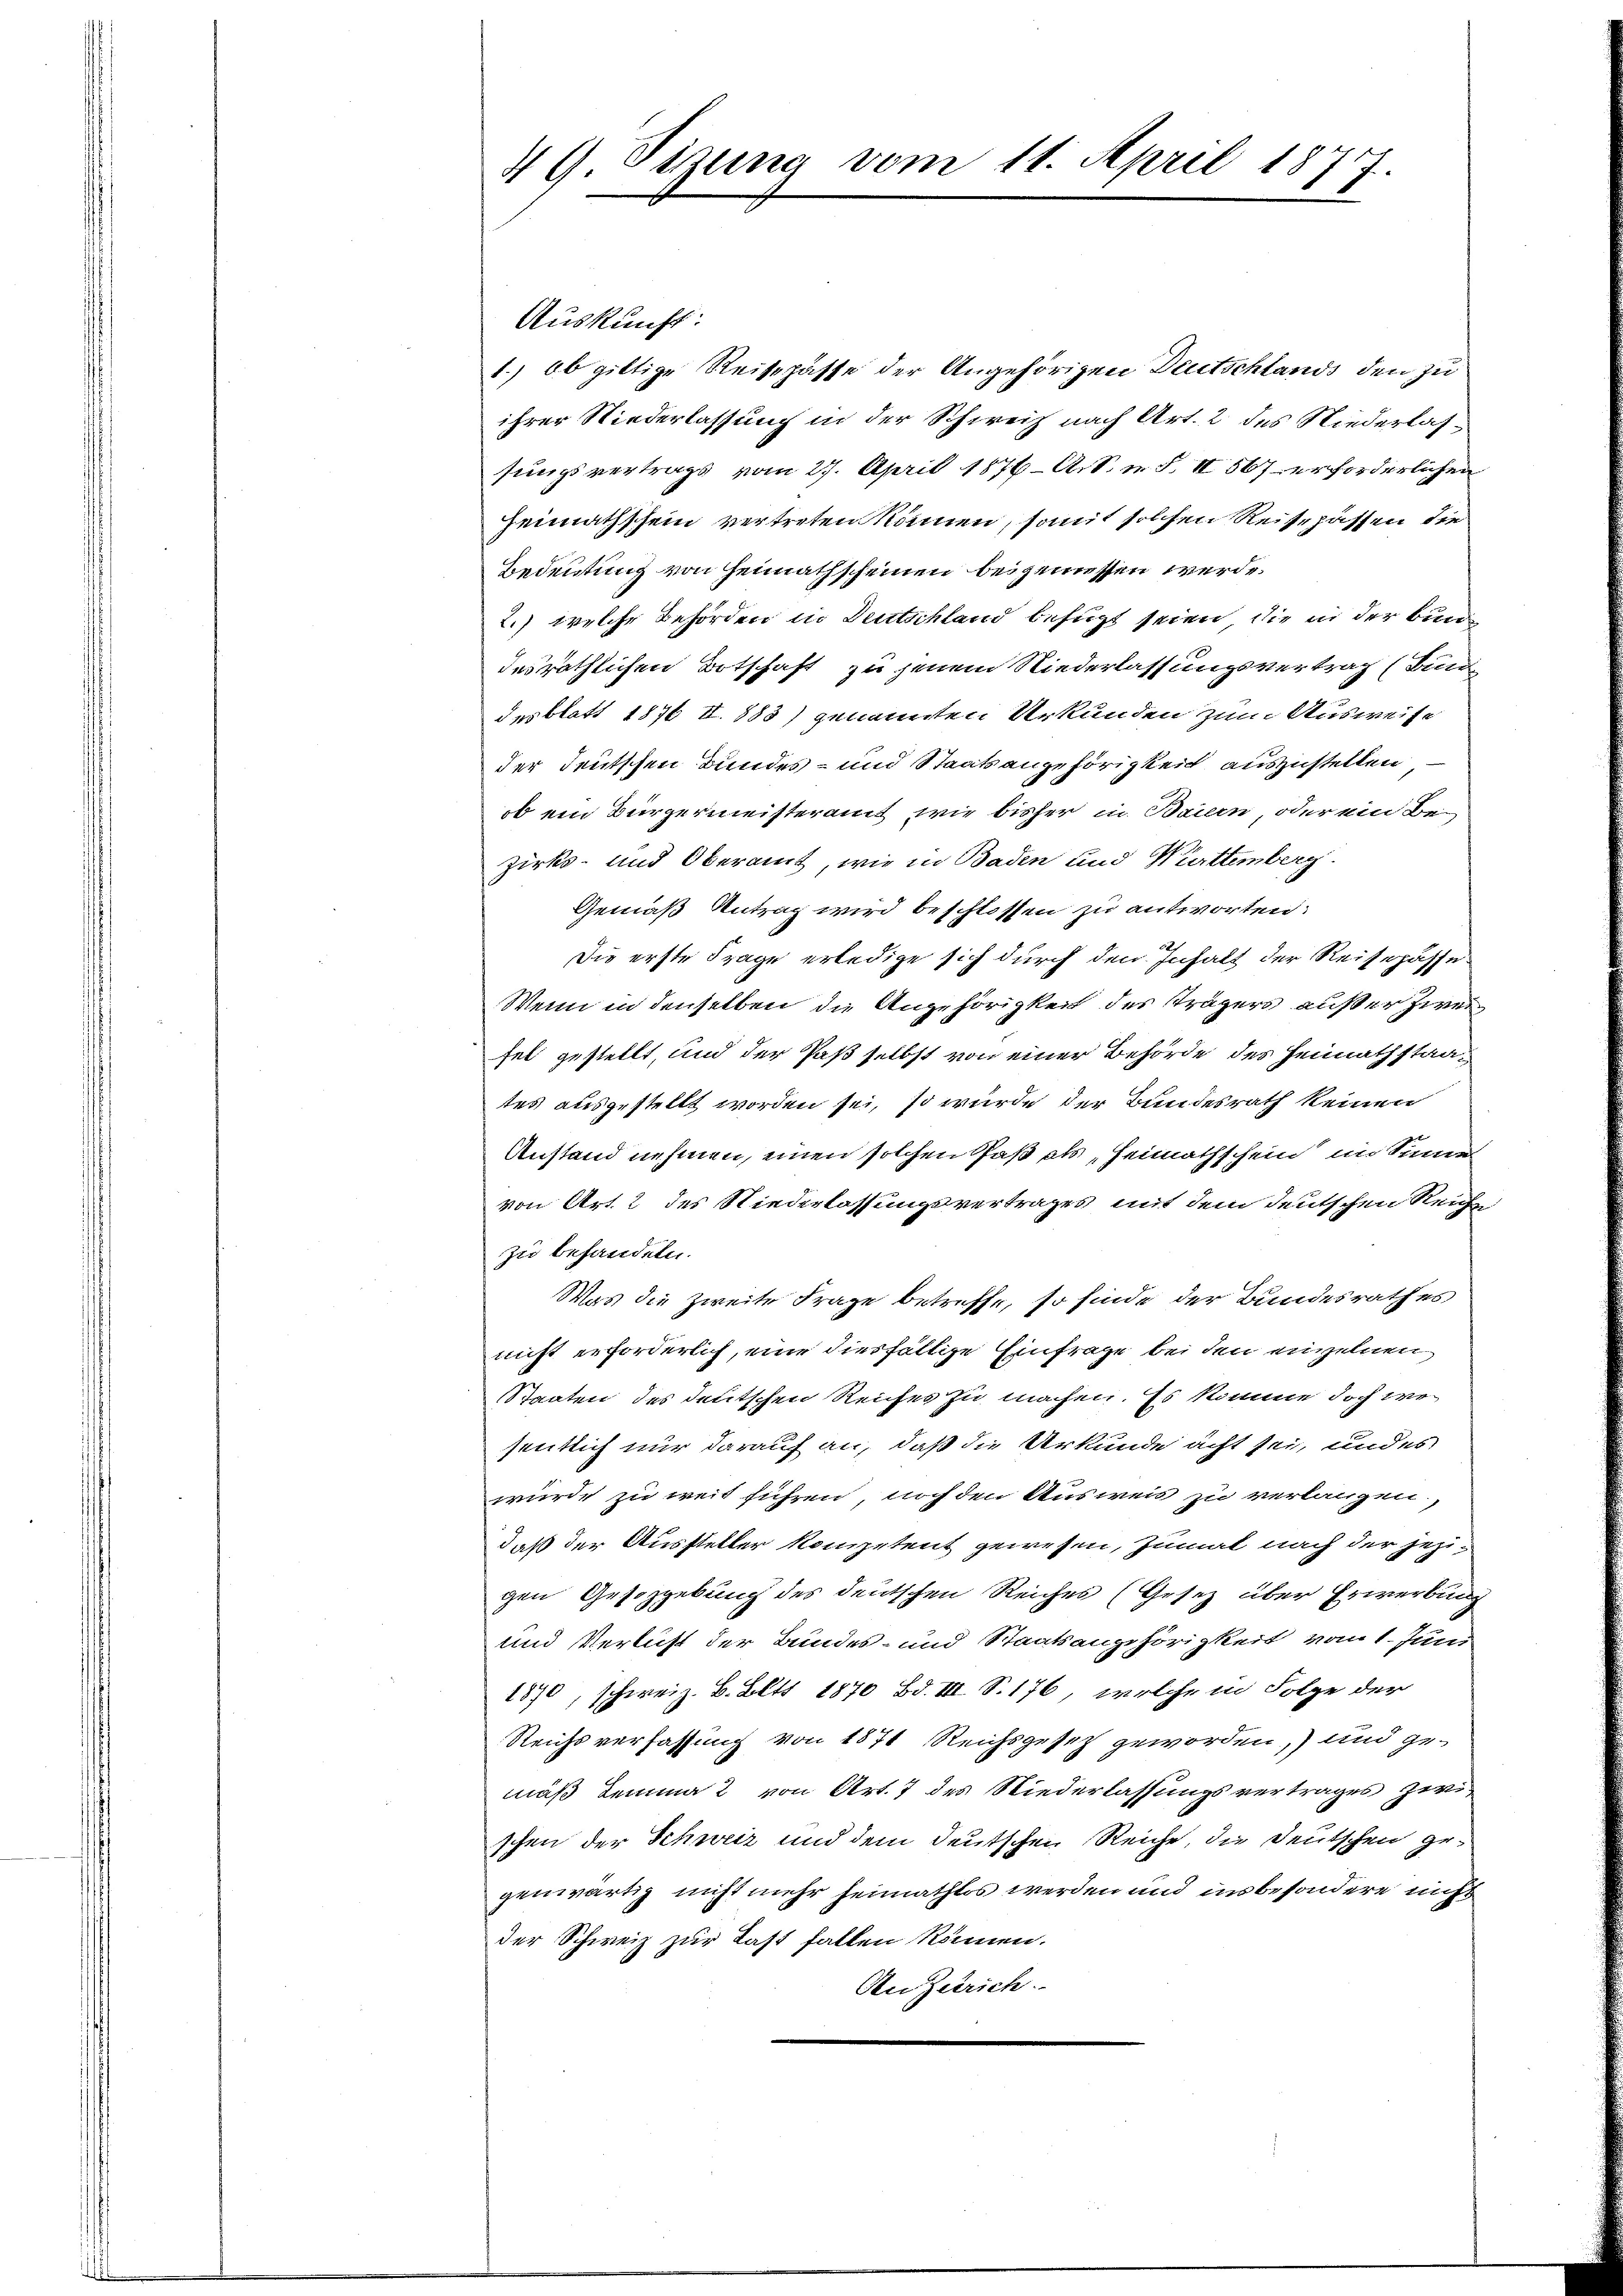
49. Sitzung vom 11. April 1877

Auskunft:
1.) Ob giltige Reisepässe der Angehörigen Deutschlands den zu
ihrer Niederlassung in der Schweiz nach Art. 2 des Niederlassungsvertrags vom 27. April 1876 – A.S. u. S. II 567 erforderlichen
Heimathssein vertreten können, somit solchen Reise passen die
Bedeutung von Heimathscheinen beigeniessen werde.
2.) welche Behörden in Deutschland befugt seien, die in der Bunde
desräthlichen Botschaft zu jenem Niederlassungsvertrag (Bund
desblatt 1876 IV 883) genannten Urkunden zum Ausweise
der deutschen Bundes- und Staatsangehörigkeit auszustellen
ob ein Bürgermeisteramt, wie bisher in Bauen, oder ein Bezirks- und Oberamt, wie in Baden und Württemberg
Gemäß Antrag wird beschlossen zu antworten:
Die erste Frage erledige sich durch den Inhalt der Reisepässe¬
Wenn in denselben die Angehörigkeit des Trägers außer zweifel gestellt, und der Paß selbst von einer Behörde des Heimathstaates ausgestellt worden sei, so wurde der Bundesrath keinen
Anstand nehmen, einen solchen Paß als „Heimathschein im Sinnen
von Art. 2 des Niederlassungsvertrages mit dem deutschen Reiche
zu behandeln.
Was die Zweite Frage betreffe, so sinde der Bundesrathes,
nicht erforderlich, eine diesfällige Einfrage bei den einzelnen
Staaten des deutschen Reiches zu machen. Es komme doch we
sentlich nur darauf an, daß die Urkunde acht sei, und es
wurde zu weit führen, noch den Ausweis zu verlangen,
daß der Aussteller kompetent gewesen, zumal nach der jezigen Gesetzgebung des deutschen Reiches (Gesetz über Erwerbung
und Verlust der Bundes- und Staatsangehörigkeit vom 1. Juni
1870, schweiz. B. Bett 1870 Bd. III S. 176, welche in Folge der
Reichsverfassung von 1871 Reichsgesetz geworden, und ge-
mäß demma 2 von Art. 7 des Niederlassungsvertrages zwischen der Schweiz und dem deutschen Reiche, die Deutschen gegenwärtig nicht mehr heimathlos werden und insbesondere nicht
der Schweiz zur Last fallen können.
An Zutrich.